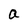
Character: a